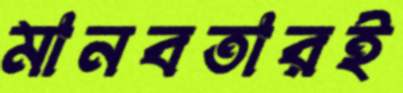
মানবতারই